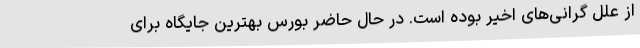
از علل گرانی‌های اخیر بوده است. در حال حاضر بورس بهترین جایگاه برای